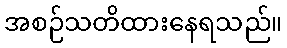
အစဉ်သတိထားနေရသည်။